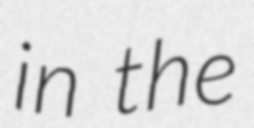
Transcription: in the